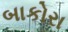
બાકોરા